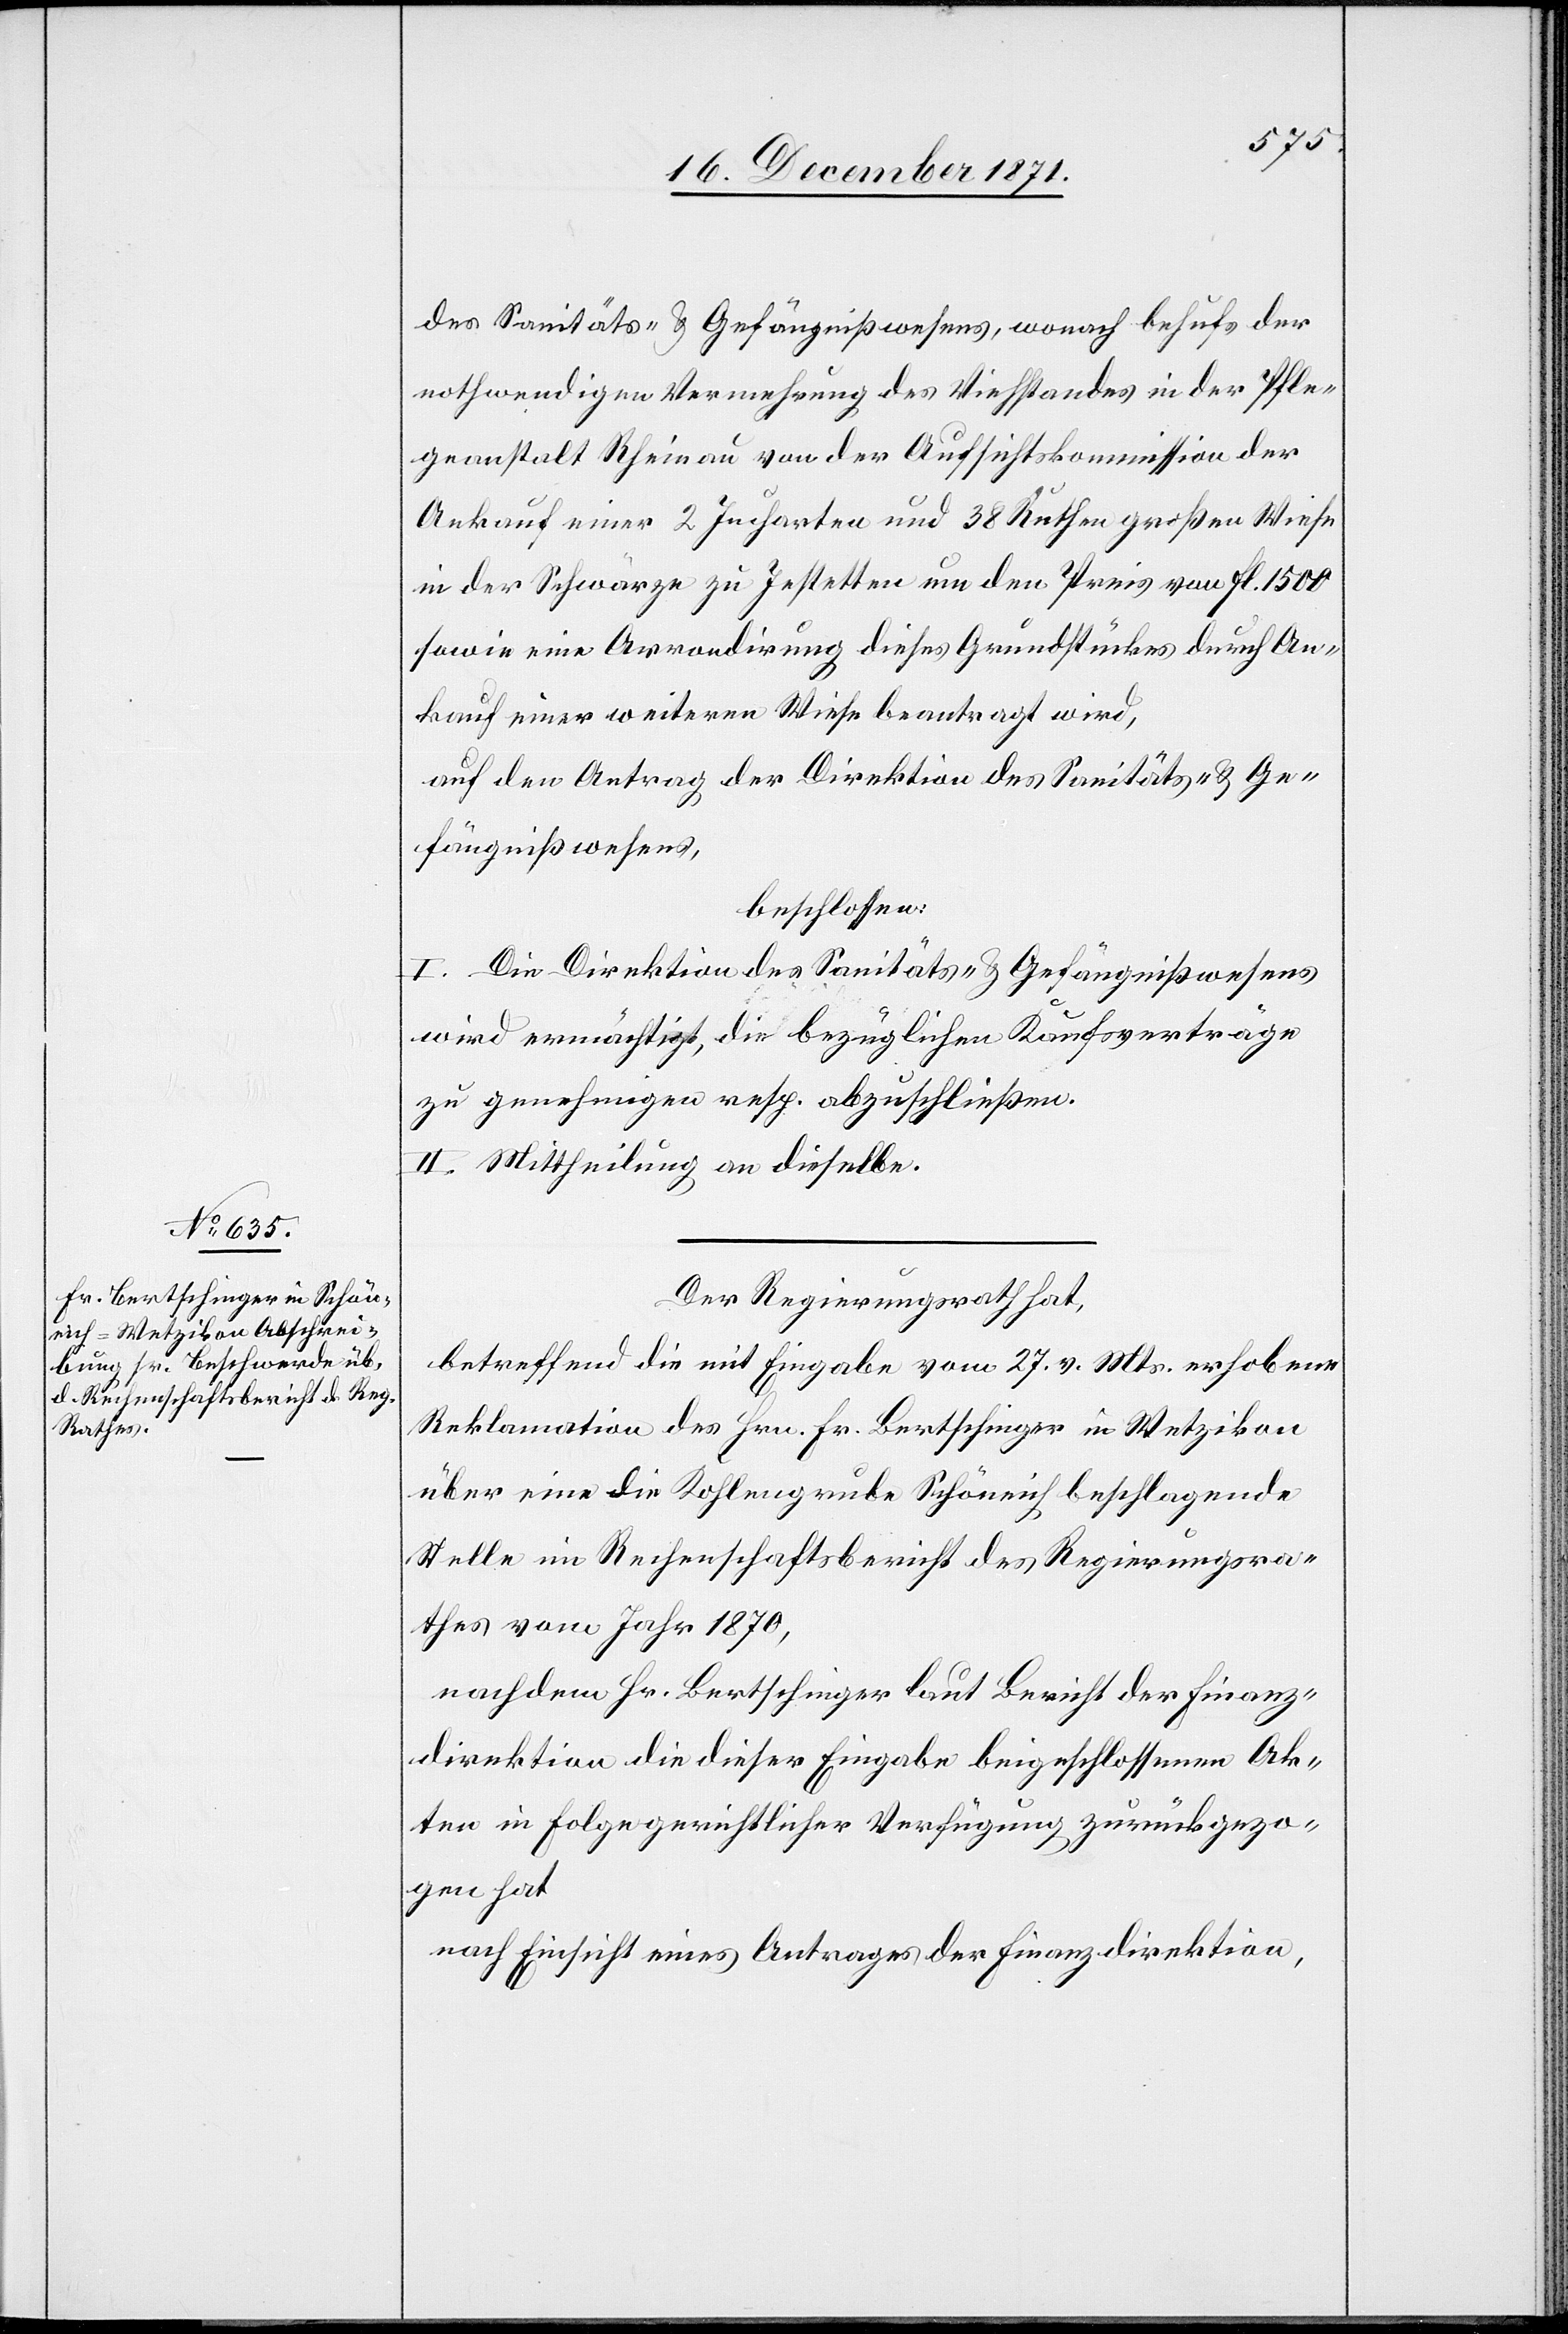
des Sanitäts- & Gefängnißwesens, wonach behufs der
nothwendigen Vermehrung des Viehstandes in der Pfle¬
geanstalt Rheinau von der Aufsichtskommission der
Ankauf einer 2 Jucharten und 38 Ruthen großen Wiese
in der Schwärze zu Jestetten um den Preis von fl 1500
sowie eine Arrondirung dieses Grundstückes durch An¬
kauf einer weiteren Wiese beantragt wird,
auf den Antrag der Direktion des Sanitäts- & Ge¬
fängnißwesens,
beschlossen:
I. Die Direktion des Sanitäts- & Gefängnißwesens
wird ermächtigt, die bezüglichen Kaufsverträge
zu genehmigen resp. abzuschließen.
II. Mittheilung an dieselbe.
Der Regierungsrath hat,
betreffend die mit Eingabe vom 27. v. Mts. erhobene
Reklamation des Hrn. Fr. Bertschinger in Wetzikon
über eine die Kohlengrube Schöneich beschlagende
Stelle im Rechenschaftsbericht des Regierungsra¬
thes vom Jahre 1870,
nachdem Hr. Bertschinger laut Bericht der Finanz¬
direktion die dieser Eingabe beigeschlossenen Ak¬
ten in Folge gerichtlicher Verfügung zurückgezo¬
gen hat
nach Einsicht eines Antrages der Finanzdirektion,